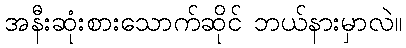
အနီးဆုံးစားသောက်ဆိုင် ဘယ်နားမှာလဲ။